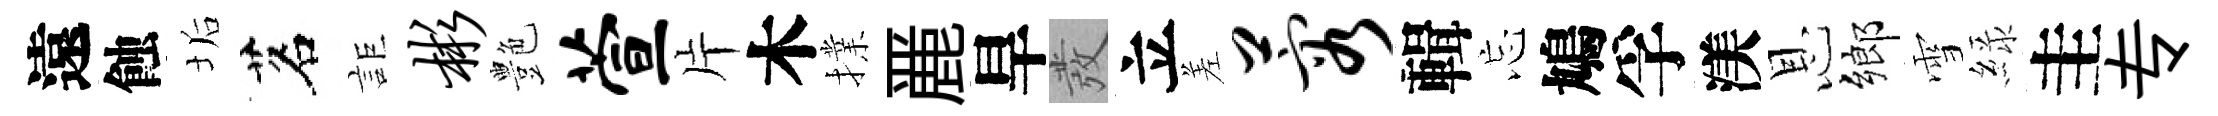
遠蝕垢茗詎彬艶萱片木擈䴡旱發立差蓉輯忘鳩孚渼恩鄉雪緑圭专